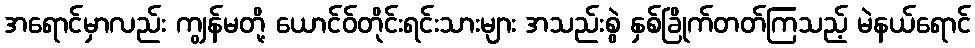
အရောင်မှာလည်း ကျွန်မတို့ ယောင်ဝ်တိုင်းရင်းသားများ အသည်းစွဲ နှစ်ခြိုက်တတ်ကြသည့် မဲနယ်ရောင်